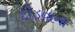
દોડવાના